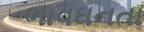
ભાવઘનતા